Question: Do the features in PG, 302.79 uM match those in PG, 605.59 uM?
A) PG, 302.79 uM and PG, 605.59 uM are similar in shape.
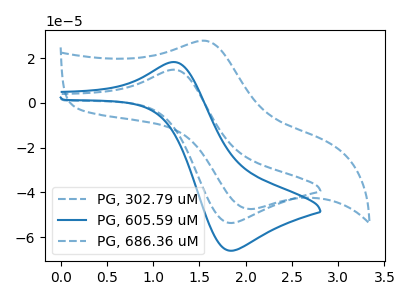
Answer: <think>The blue dashed curve "PG, 302.79 uM" has an anodic peak at (1.25V, 14.80uA) and a cathodic peak at (1.85V, -53.65uA). The blue curve "PG, 605.59 uM" has an anodic peak at (1.25V, 18.20uA) and a cathodic peak at (1.85V, -66.05uA). The blue dashed curve "PG, 686.36 uM" has an anodic peak at (1.60V, 27.60uA) and a cathodic peak at (2.05V, -47.45uA).
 All the peaks in "PG, 302.79 uM" have a peak in "PG, 605.59 uM" at the same potential. Every peak in "PG, 302.79 uM" is lower than every peak in "PG, 605.59 uM".</think>
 <answer>A) "PG, 302.79 uM" and "PG, 605.59 uM" are similar in shape.</answer>
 <eval>A</eval>